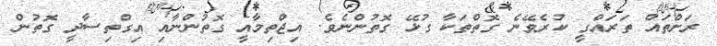
ރަށްތައް ތަރައްގީ ކުރެވޭނެ ގޮތްތަކާ ގުޅޭ ގޮތުންނެވެ. އިޖްތިމާއީ ގޮތުންނާއި އިގްތިސާދީ ގޮތުން